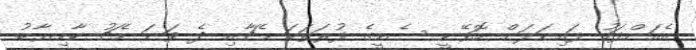
އެއަށްފަހު ފައިނަލަށް ހޮވޭނީ ސެމީގެ ފުރަތަމަ މެޗާއި ދެ ވަނަ މެޗު ކާމިޔާބު